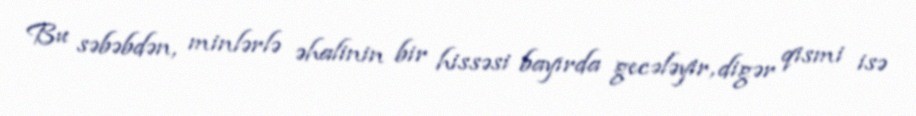
Bu səbəbdən, minlərlə əhalinin bir hissəsi bayırda gecələyir, digər qismi isə